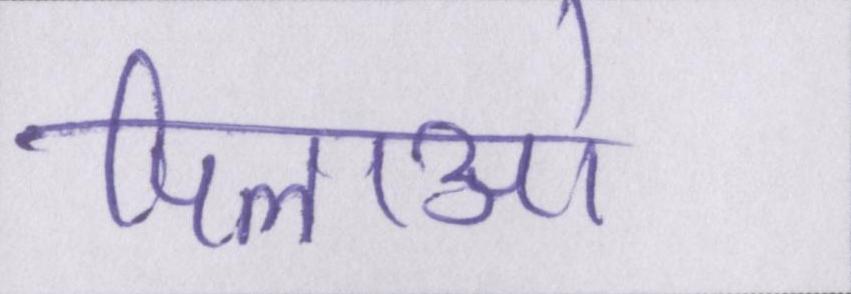
पिलाओ